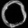
Digit: ၀